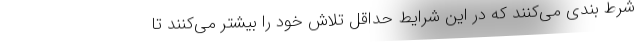
شرط بندی می‌کنند که در این شرایط حداقل تلاش خود را بیشتر می‌کنند تا